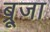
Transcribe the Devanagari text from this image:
ब्रूजा